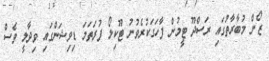
ޒޯން މުބާރާތުގައި ރަސްދޫ ޓީމުން ފާހަގަކުރެވުނު ޓޫކިލޯ ފުރަތަމަ ޑިވިޝަންގައި ވިދާލީ ވެސް